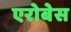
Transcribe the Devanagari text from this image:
एरोबेस